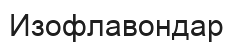
Изофлавондар